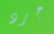
جرد